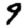
Digit: 9